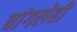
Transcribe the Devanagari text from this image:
चांगलेही